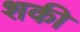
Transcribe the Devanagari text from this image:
शकी